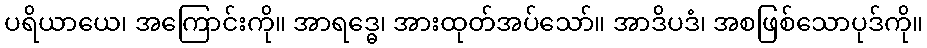
ပရိယာယေ၊ အကြောင်းကို။ အာရဒ္ဓေ၊ အားထုတ်အပ်သော်။ အာဒိပဒံ၊ အစဖြစ်သောပုဒ်ကို။